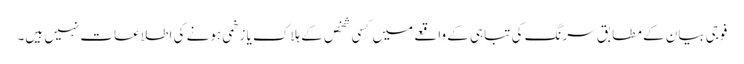
فوجی بیان کے مطابق سرنگ کی تباہی کے واقعے میں کسی شخص کے ہلاک یا زخمی ہونے کی اطلاعات نہیں ہیں۔